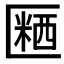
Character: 𪟱